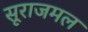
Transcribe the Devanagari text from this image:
सूराजमल